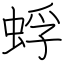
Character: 蜉